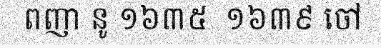
ពញា នូ ១៦៣៥  ១៦៣៩ ចៅ